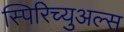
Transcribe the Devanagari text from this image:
स्पिरिच्युअल्स